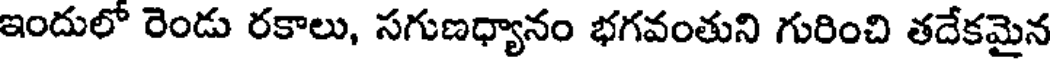
ఇందులో రెండు రకాలు, సగుణధ్యానం భగవంతుని గురించి తదేకమైన